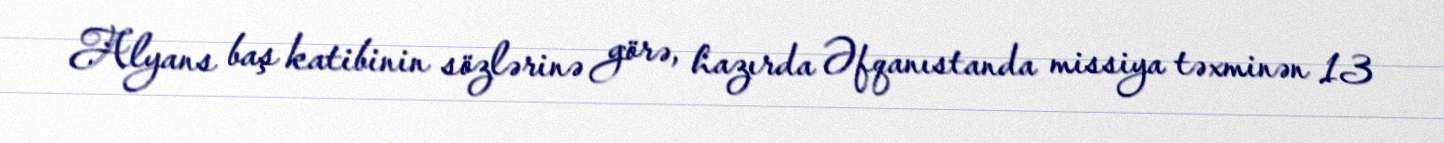
Alyans baş katibinin sözlərinə görə, hazırda Əfqanıstanda missiya təxminən 13